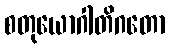
စတုယောဂါတိဂတော